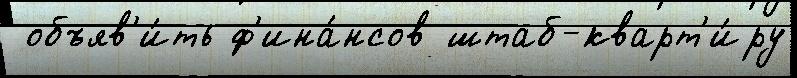
 объяв'и́ть ф'ина́нсов штаб-кварт'и́ру